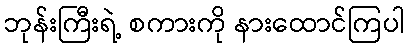
ဘုန်းကြီးရဲ့ စကားကို နားထောင်ကြပါ